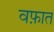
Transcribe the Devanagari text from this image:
वफ़ात